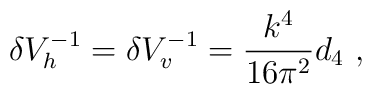
\delta V_h^{-1} = \delta V_v^{-1} = {k^4 \over 16 \pi^2}d_4~,